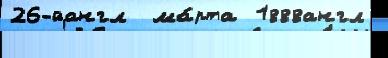
26-йангл  ма́рта 1888англ